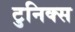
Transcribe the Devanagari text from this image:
टुनिक्स